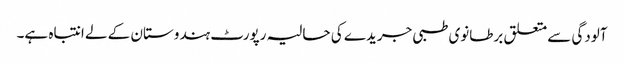
آلودگی سے متعلق برطانوی طبی جریدے کی حالیہ رپورٹ ہندوستان کے لے انتباہ ہے۔